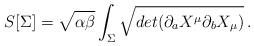
LaTeX: \begin{align*}S[\Sigma ] = \sqrt{\alpha \beta } \int_{\Sigma} \sqrt{ det(\partial_{a}X^{\mu}\partial_{b}X_{\mu})} \, .\end{align*}